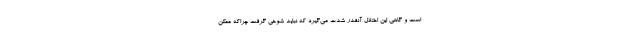
است و گاهی این اختلال آنقدر شدت می‌گیرد که نباید شوخی گرفت چراکه ممکن